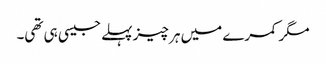
مگر کمرے میں ہر چیز پہلے جیسی ہی تھی۔